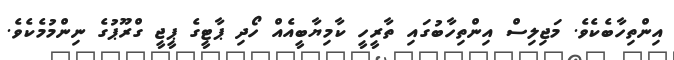
އިންތިހާބެކެވެ. މަޖިލިސް އިންތިހާބުގައި ތާރީހީ ކާމިޔާބީއެއް ހޯދި ޕާޓީގެ ޕީޖީ ގްރޫޕުގެ ނިންމުމެކެވެ.